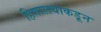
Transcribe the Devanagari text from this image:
हिमालयाकडून